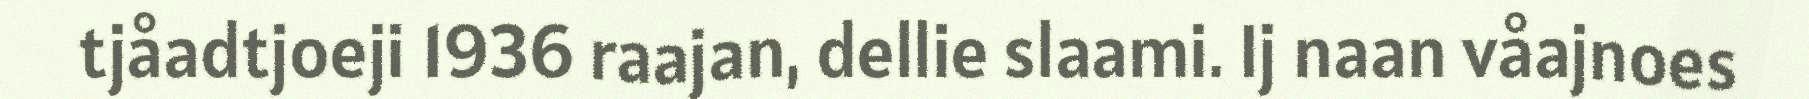
tjåadtjoeji 1936 raajan, dellie slaami. Ij naan våajnoes